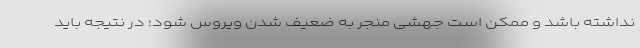
نداشته باشد و ممکن است جهشی منجر به ضعیف شدن ویروس شود؛ در نتیجه باید